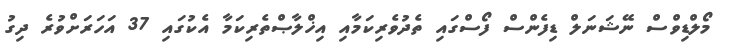
މޯލްޑިވްސް ނޭޝަނަލް ޑިފެންސް ފޯސްގައި ތެދުވެރިކަމާއި އިޚްލާޞްތެރިކަމާ އެކުގައި 37 އަހަރަށްވުރެ ދިގު